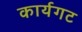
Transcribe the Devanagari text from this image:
कार्यगट